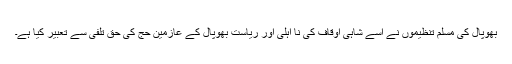
بھوپال کی مسلم تنظیموں نے اسے شاہی اوقاف کی نا اہلی اور ریاست بھوپال کے عازمین حج کی حق تلفی سے تعبیر کیا ہے۔